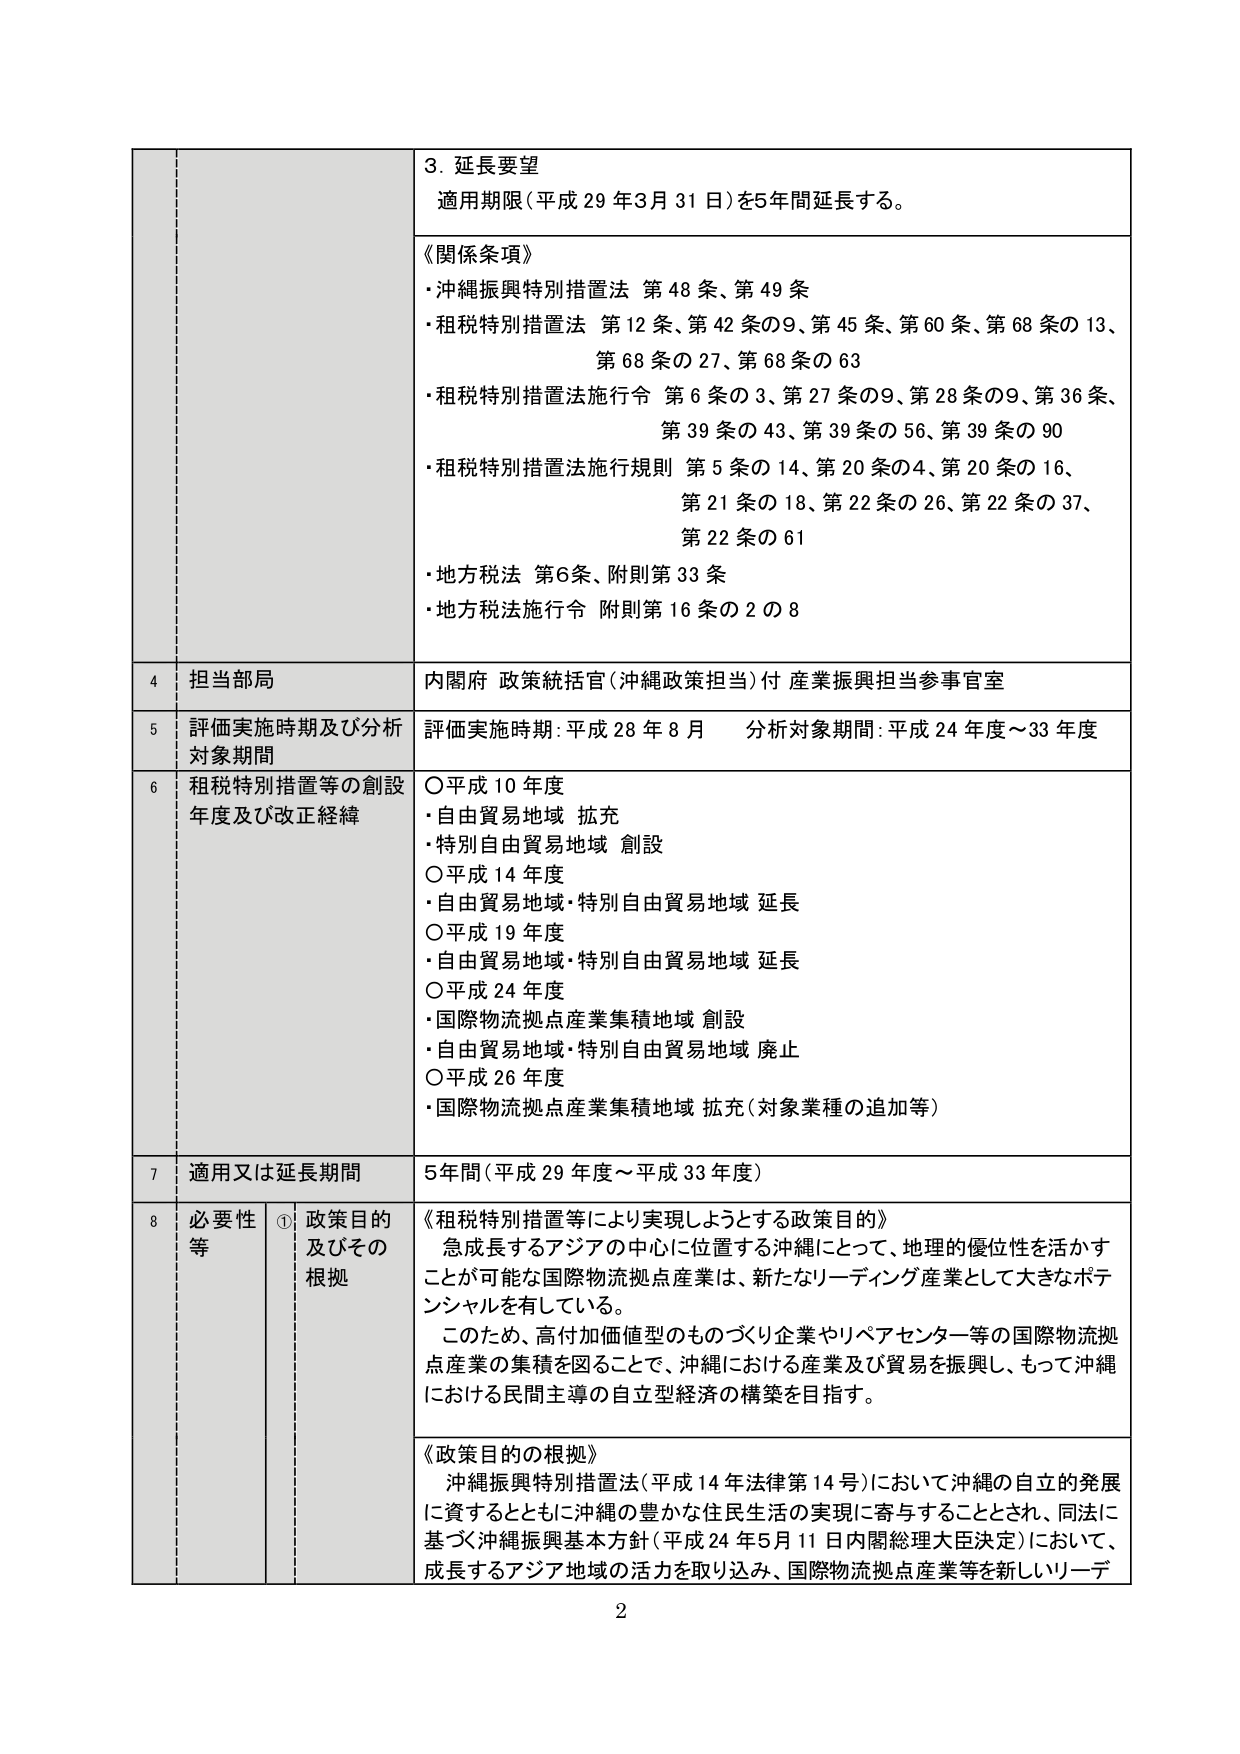
3. 延長要望
適用期限（平成29年3月31日）を5年間延長する。

《関係条項》
・沖縄振興特別措置法 第48条、第49条
・租税特別措置法 第12条、第42条の9、第45条、第60条、第68条の13、
　第68条の27、第68条の63
・租税特別措置法施行令 第6条の3、第27条の9、第28条の9、第36条、
　第39条の43、第39条の56、第39条の90
・租税特別措置法施行規則 第5条の14、第20条の4、第20条の16、
　第21条の18、第22条の26、第22条の37、
　第22条の61
・地方税法 第6条、附則第33条
・地方税法施行令 附則第16条の2の8

4 担当部局
内閣府 政策統括官（沖縄政策担当）付 産業振興担当参事官室

5 評価実施時期及び分析対象期間
評価実施時期：平成28年8月　分析対象期間：平成24年度～33年度

6 租税特別措置等の創設年度及び改正経緯
○平成10年度
・自由貿易地域 拡充
・特別自由貿易地域 創設
○平成14年度
・自由貿易地域・特別自由貿易地域 延長
○平成19年度
・自由貿易地域・特別自由貿易地域 延長
○平成24年度
・国際物流拠点産業集積地域 創設
・自由貿易地域・特別自由貿易地域 廃止
○平成26年度
・国際物流拠点産業集積地域 拡充（対象業種の追加等）

7 適用又は延長期間
5年間（平成29年度～平成33年度）

8 必要性等 ① 政策目的及びその根拠
《租税特別措置等により実現しようとする政策目的》
急成長するアジアの中心に位置する沖縄にとって、地理的優位性を活かすことが可能な国際物流拠点産業は、新たなリーディング産業として大きなポテンシャルを有している。
このため、高付加価値型のものづくり企業やリペアセンター等の国際物流拠点産業の集積を図ることで、沖縄における産業及び貿易を振興し、もって沖縄における民間主導の自立型経済の構築を目指す。

《政策目的の根拠》
沖縄振興特別措置法（平成14年法律第14号）において沖縄の自立的発展に資するとともに沖縄の豊かな住民生活の実現に寄与することとされ、同法に基づく沖縄振興基本方針（平成24年5月11日内閣総理大臣決定）において、成長するアジア地域の活力を取り込み、国際物流拠点産業等を新しいリーデ

2